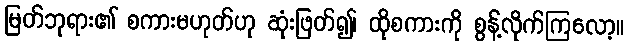
မြတ်ဘုရား၏ စကားမဟုတ်ဟု ဆုံးဖြတ်၍၊ ထိုစကားကို စွန့်လိုက်ကြလော့။